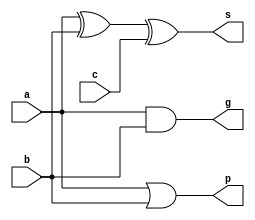
module add_5(a, b, c, g, p, s);
  input a, b, c;
  output g, p, s;
  assign s = a ^ b ^ c;
  assign g = a & b;
  assign p = a | b;
endmodule